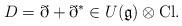
LaTeX: \begin{align*}D = \eth + \eth^* \in U(\mathfrak{g}) \otimes \mathrm{Cl}.\end{align*}